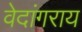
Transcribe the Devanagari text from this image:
वेदांगराय